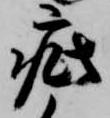
疵